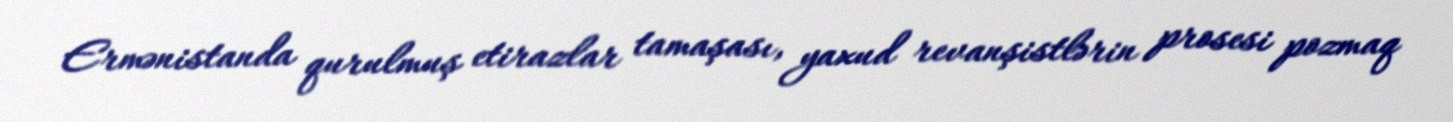
Ermənistanda qurulmuş etirazlar tamaşası, yaxud revanşistlərin prosesi pozmaq